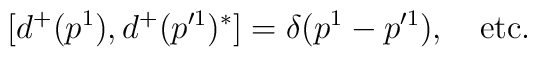
[ d^+(p^1), d^+(p'^1)^*]=\delta(p^1-p'^1), \quad \mbox{etc.}